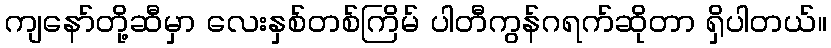
ကျနော်တို့ဆီမှာ လေးနှစ်တစ်ကြိမ် ပါတီကွန်ဂရက်ဆိုတာ ရှိပါတယ်။